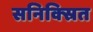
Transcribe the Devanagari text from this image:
सनिक्स्रित